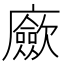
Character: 𢌃